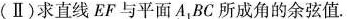
(Ⅱ)求直线 EF 与平面A_{1}BC 所成角的余弦值.